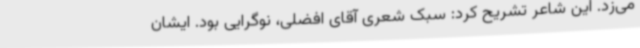
می‌زد. این شاعر تشریح کرد: سبک شعری آقای افضلی، نوگرایی بود. ایشان